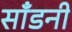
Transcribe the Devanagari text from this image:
साँडनी